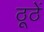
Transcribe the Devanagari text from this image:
ठूठें